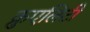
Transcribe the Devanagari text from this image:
क्रुएलिटी